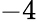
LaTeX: -4